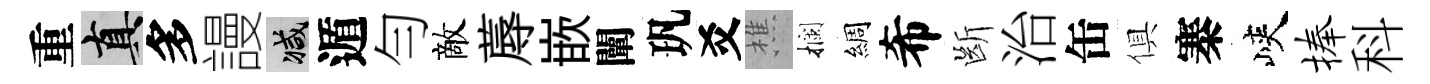
重真多謾减遁勻敵蓐嵌闡㺬爻樵攔綢希㫁治缶俱寨峽捧科